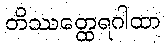
တိဿတ္ထေရဂါထာ